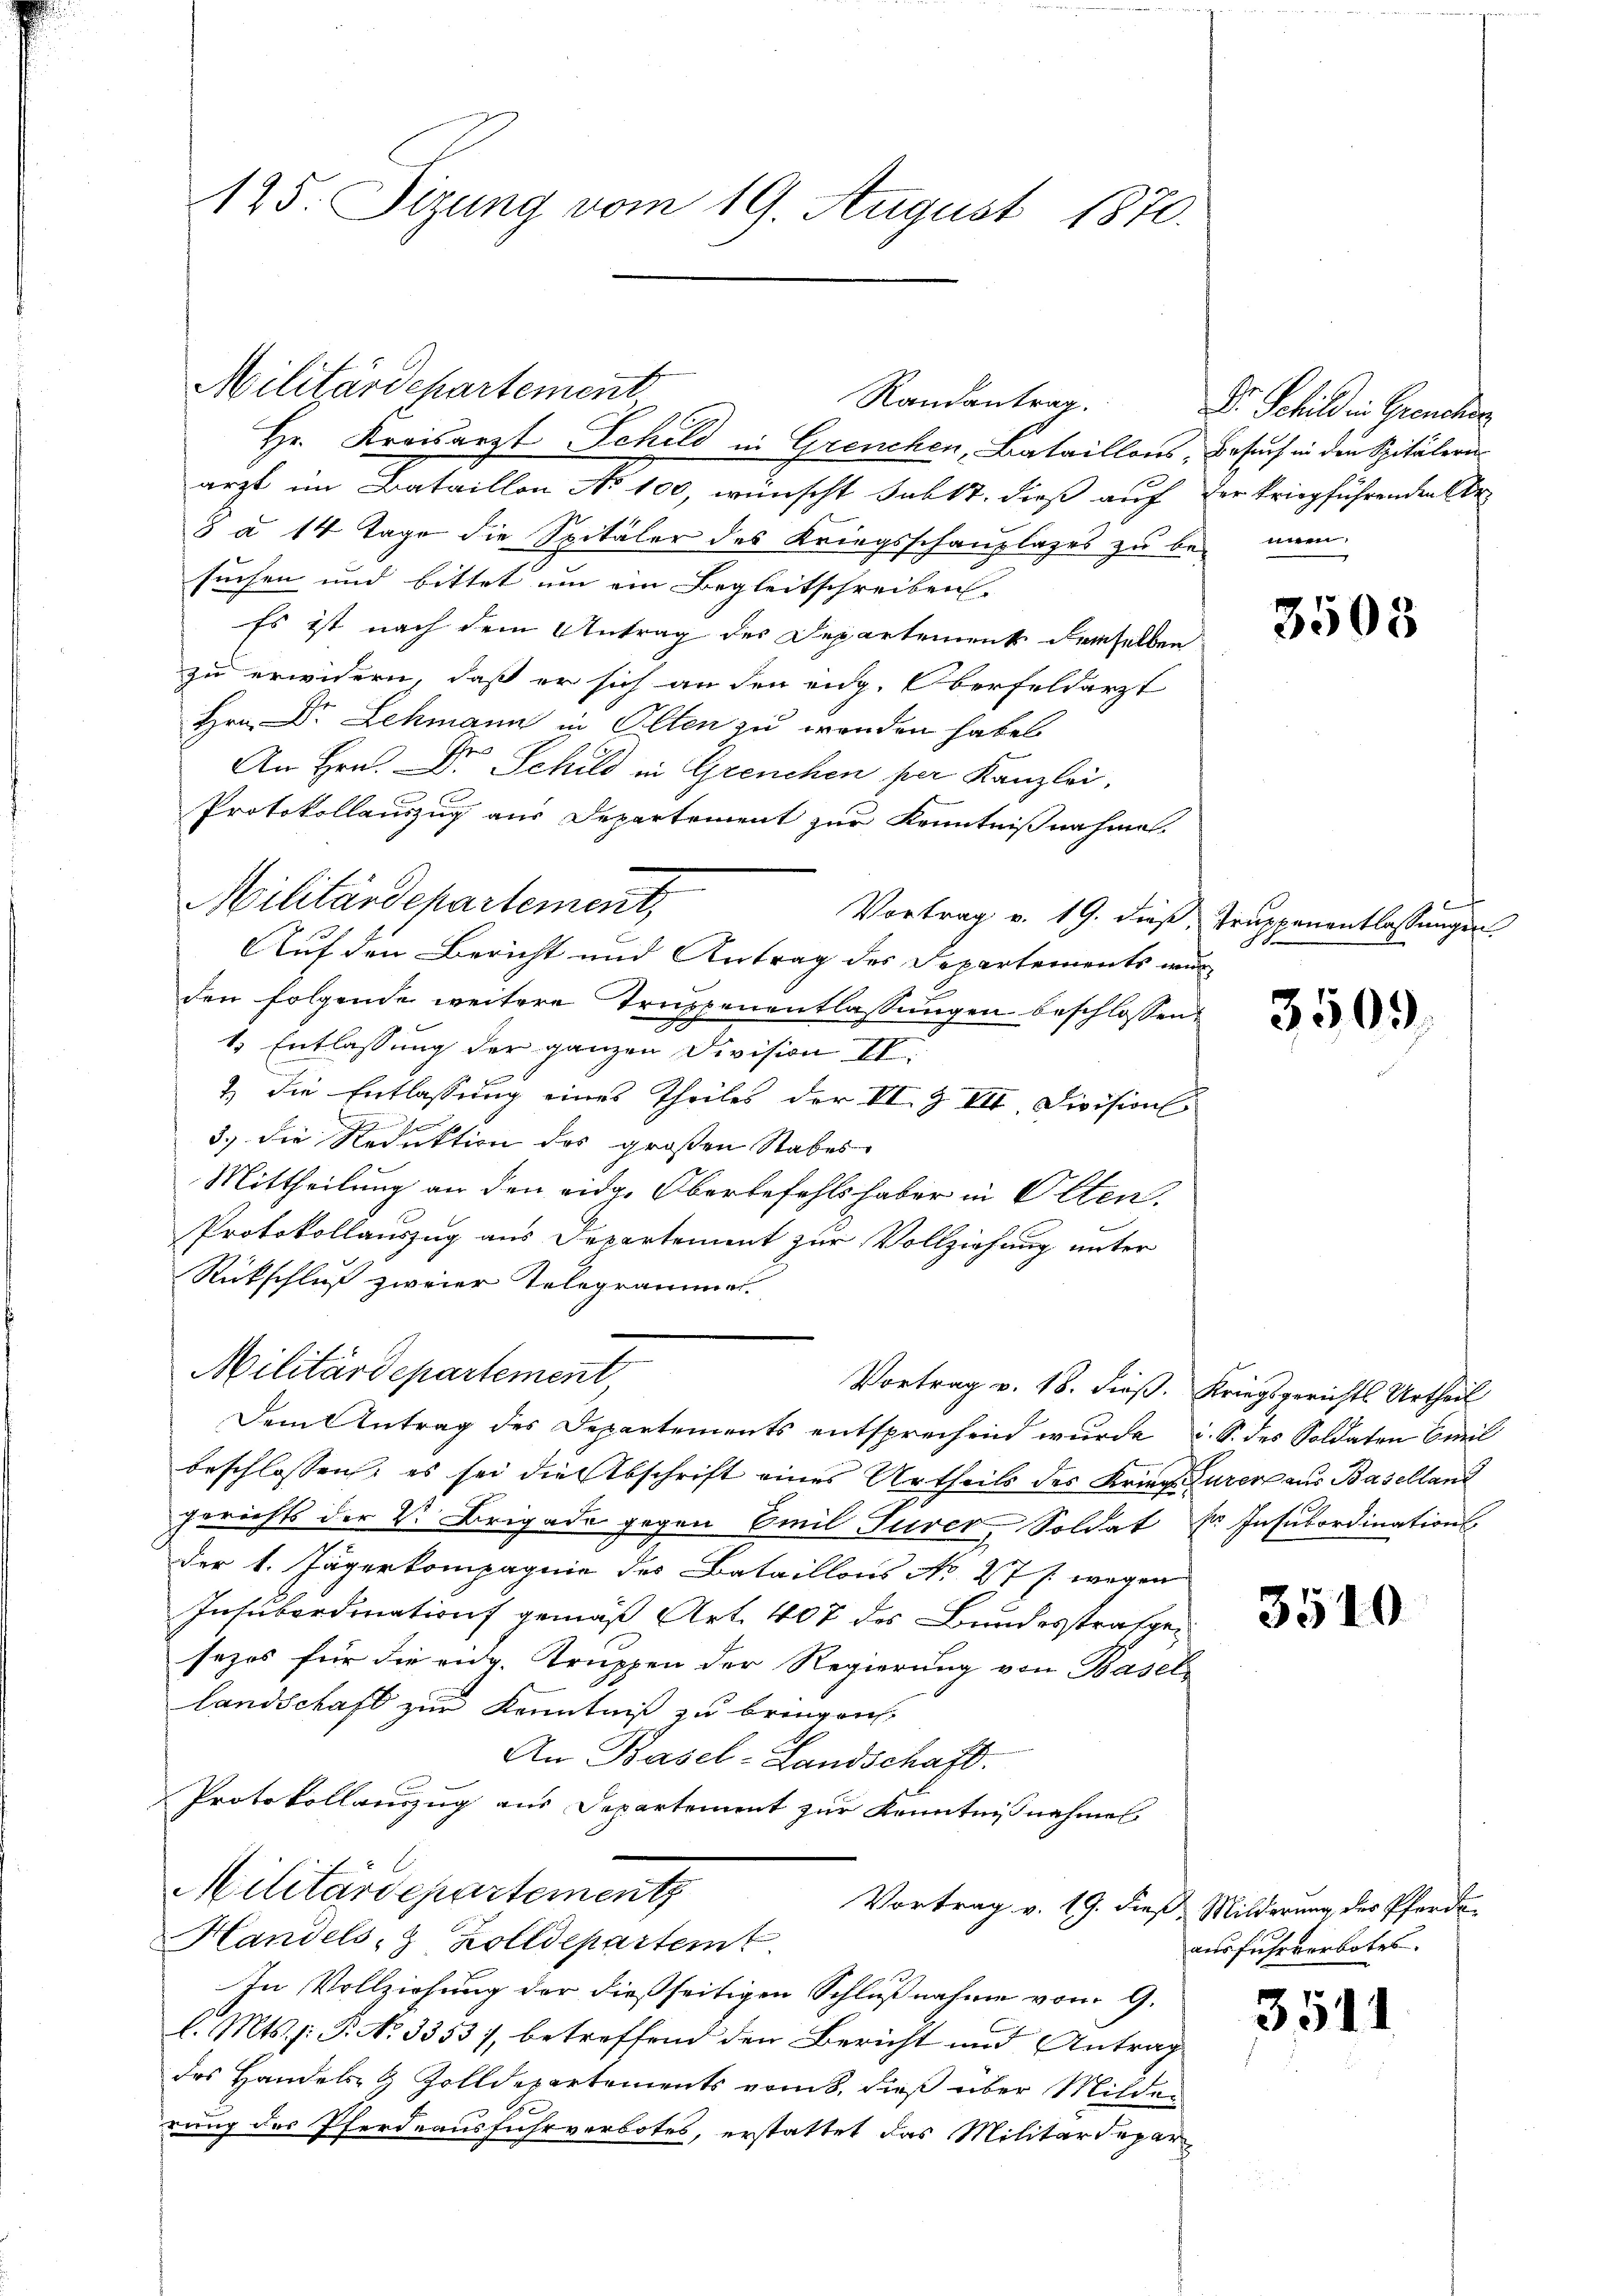
Hr. Kreisarzt Schild in Grenchen, Bataillons, Besuch in den Spitälern
arzt im Bataillon No 100, wünscht habt, dieß auf der kriegführenden Ar¬
8 à 14 Tage die Spitäler des Kriegsschauplages zu besuchen und bittet um ein Begleitschreiben.
Es ist nach dem Antrag des Departement demselben
zu erwidern, daß er sich an den eidg. Oberfeldarzt
Hrn. Dr. Lehmann in Olten zu werden haben.
An Hrn. Dr Schild in Grenchen per Kanzlei,
Protokollauszug aus Departement zur Kenntnißnahme
Vortrag v. 19. diese Truppenentlassungen
den folgende weitere Truppenentlassungen beschlossen:
1 Entlassung der ganzen Division II.
& die Entlassung eines Theiles der II. Z VII, Division
3.) Die Reduktion des großen Stabes
Mittheilung an den eidg. Oberbefehlshaber in Olten.
b
Protokollauszug aus Departement zur Vollziehung unter
Rückschluß zweier Telegrammen.
Militärdepartement
Vortrag v. 18. dieß. Kriegsgerichts Urtheil
Dem Antrag des Departements entsprechend wurde, u. S. des Soldaten Emil
beschlossen, es sei die Abschrift eines Urtheils des Krieg Eurer aus Baselland
gerichts der V. Brigade gegen Emil Turer, Soldat Dr. Insubordinations
der 1. Jägerkompagnie des Bataillons No. 27 J. wegen
Insubordination gemäß Art. 407 des Bundesstrafge
sezes für die eidg. Truppen der Regierung von Basel
landschaft zur Kenntniß zu bringen,
An Basel-Landschaft.
Protokollauszug aus Departement zur Kenntnisnehmes
Militärdepartement
Vortrag v. 19. dieß Milderung des Pferde
Handels- & Zolldepartemt
In Vollziehung der dießseitigen Schlußnahme vom 9.
l. Mts. p. P. No 3353), betreffend den Bericht und Antrag
des Handels- & Zolldepartements vom 8. dieß über Milder
rung des Pferdeausfuhrverbotes, erstattet das Militärdepar

125. Sizung vom 19. August 1870.

Militärdepartement

Militärdepartement,
Auf den Bericht und Antrag des Departements wur

n

Randantrag.

Dr. Schild in Grenchen
teiten,

3503

3509.

3510

ausfuhrverbotes.

3511